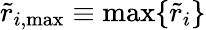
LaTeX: \tilde{r}_{i,\mathrm{{max}}}\equiv\operatorname*{max}\{ \tilde{r}_{i}\}